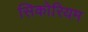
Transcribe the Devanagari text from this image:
सिकोरियम